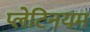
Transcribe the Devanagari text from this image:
प्लेटिनयम